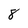
Character: 8